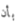
بأن